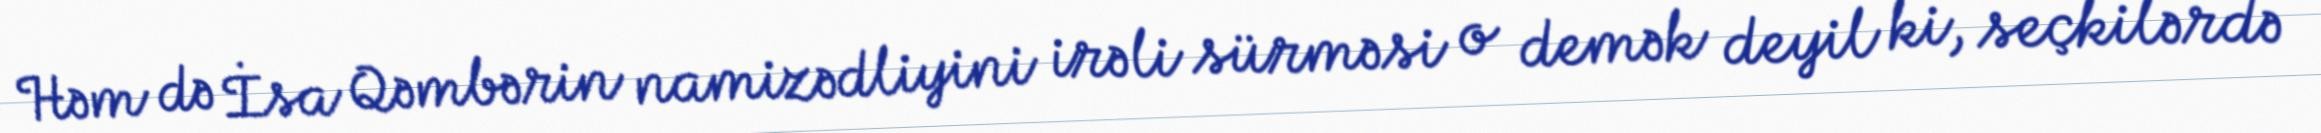
Həm də İsa Qəmbərin namizədliyini irəli sürməsi o demək deyil ki, seçkilərdə